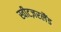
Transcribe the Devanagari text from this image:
स्वीटज़रलैंड